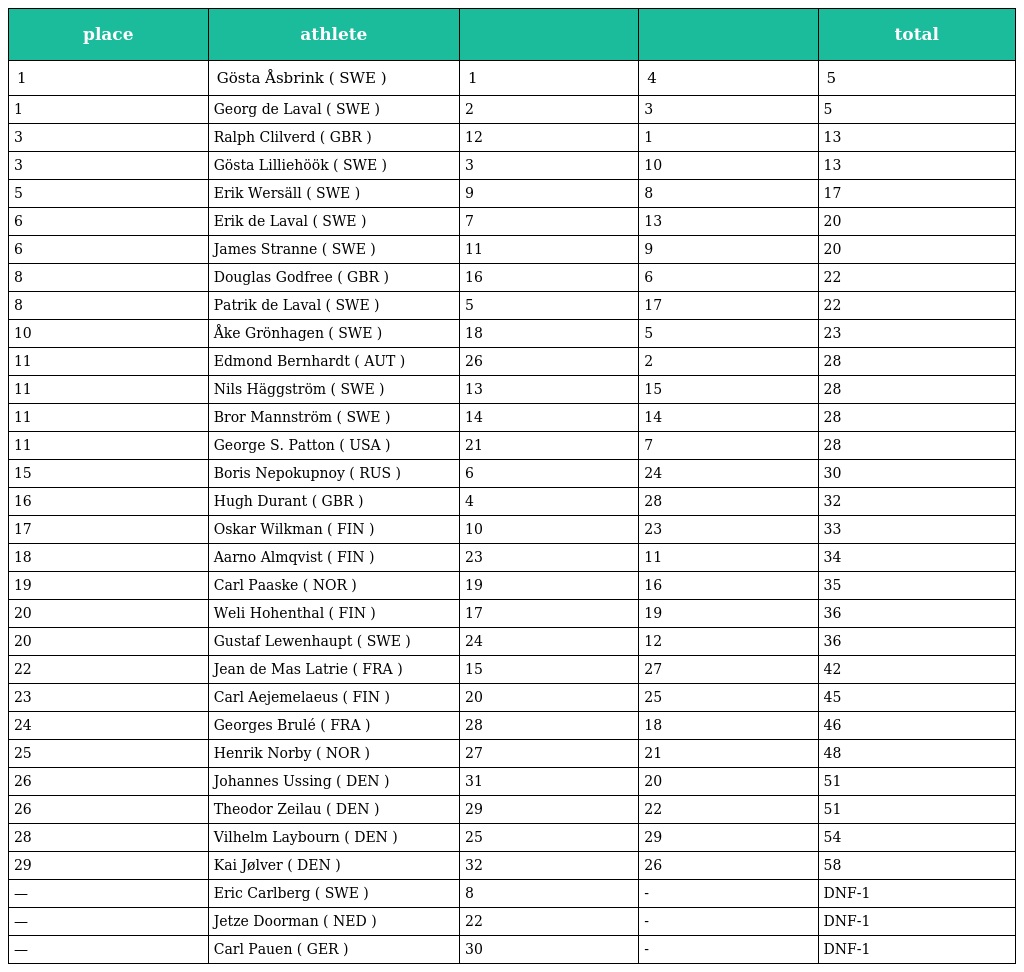
| place | athlete |  |  | total |
 | --- | --- | --- | --- | --- |
 | 1 | Gösta Åsbrink ( SWE ) | 1 | 4 | 5 |
 | 1 | Georg de Laval ( SWE ) | 2 | 3 | 5 |
 | 3 | Ralph Clilverd ( GBR ) | 12 | 1 | 13 |
 | 3 | Gösta Lilliehöök ( SWE ) | 3 | 10 | 13 |
 | 5 | Erik Wersäll ( SWE ) | 9 | 8 | 17 |
 | 6 | Erik de Laval ( SWE ) | 7 | 13 | 20 |
 | 6 | James Stranne ( SWE ) | 11 | 9 | 20 |
 | 8 | Douglas Godfree ( GBR ) | 16 | 6 | 22 |
 | 8 | Patrik de Laval ( SWE ) | 5 | 17 | 22 |
 | 10 | Åke Grönhagen ( SWE ) | 18 | 5 | 23 |
 | 11 | Edmond Bernhardt ( AUT ) | 26 | 2 | 28 |
 | 11 | Nils Häggström ( SWE ) | 13 | 15 | 28 |
 | 11 | Bror Mannström ( SWE ) | 14 | 14 | 28 |
 | 11 | George S. Patton ( USA ) | 21 | 7 | 28 |
 | 15 | Boris Nepokupnoy ( RUS ) | 6 | 24 | 30 |
 | 16 | Hugh Durant ( GBR ) | 4 | 28 | 32 |
 | 17 | Oskar Wilkman ( FIN ) | 10 | 23 | 33 |
 | 18 | Aarno Almqvist ( FIN ) | 23 | 11 | 34 |
 | 19 | Carl Paaske ( NOR ) | 19 | 16 | 35 |
 | 20 | Weli Hohenthal ( FIN ) | 17 | 19 | 36 |
 | 20 | Gustaf Lewenhaupt ( SWE ) | 24 | 12 | 36 |
 | 22 | Jean de Mas Latrie ( FRA ) | 15 | 27 | 42 |
 | 23 | Carl Aejemelaeus ( FIN ) | 20 | 25 | 45 |
 | 24 | Georges Brulé ( FRA ) | 28 | 18 | 46 |
 | 25 | Henrik Norby ( NOR ) | 27 | 21 | 48 |
 | 26 | Johannes Ussing ( DEN ) | 31 | 20 | 51 |
 | 26 | Theodor Zeilau ( DEN ) | 29 | 22 | 51 |
 | 28 | Vilhelm Laybourn ( DEN ) | 25 | 29 | 54 |
 | 29 | Kai Jølver ( DEN ) | 32 | 26 | 58 |
 | — | Eric Carlberg ( SWE ) | 8 | - | DNF-1 |
 | — | Jetze Doorman ( NED ) | 22 | - | DNF-1 |
 | — | Carl Pauen ( GER ) | 30 | - | DNF-1 |